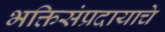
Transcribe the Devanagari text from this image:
भक्तिसंप्रदायाचे